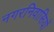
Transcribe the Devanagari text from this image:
नगरनिवासियों